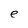
Character: e